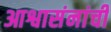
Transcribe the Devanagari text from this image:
आश्वासंनांची